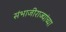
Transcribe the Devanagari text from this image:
संभाजीराज्यांच्या